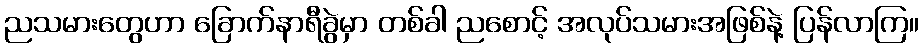
ညသမားတွေဟာ ခြောက်နာရီခွဲမှာ တစ်ခါ ညစောင့် အလုပ်သမားအဖြစ်နဲ့ ပြန်လာကြ။